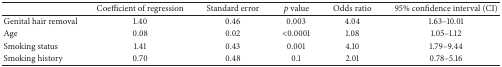
|  | Coefficient of regression | Standard error | p value | Odds ratio | 95% confidence interval (CI) |
 | --- | --- | --- | --- | --- | --- |
 | Genital hair removal | 1.40 | 0.46 | 0.003 | 4.04 | 1.63–10.01 |
 | Age | 0.08 | 0.02 | <0.0001 | 1.08 | 1.05–1.12 |
 | Smoking status | 1.41 | 0.43 | 0.001 | 4.10 | 1.79–9.44 |
 | Smoking history | 0.70 | 0.48 | 0.1 | 2.01 | 0.78–5.16 |